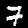
Label: 7